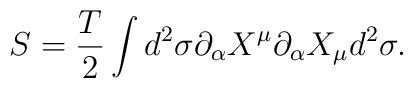
S={T \over 2} \int d^2 \sigma\partial_{\alpha}X^{\mu} \partial_{\alpha}X_{\mu} d^2 \sigma.